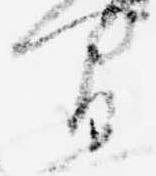
間